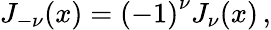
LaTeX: J_{-\nu}(x)=\left(-1\right)^{\nu}J_{\nu}(x)\, ,